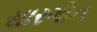
સારગોન